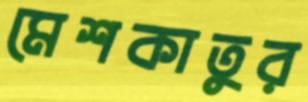
মেশকাতুর